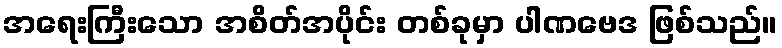
အရေးကြီးသော အစိတ်အပိုင်း တစ်ခုမှာ ပါဏဗေဒ ဖြစ်သည်။